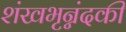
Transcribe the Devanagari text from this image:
शंखभृन्नंदकी